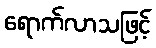
ရောက်လာသဖြင့်